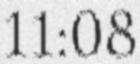
11:08